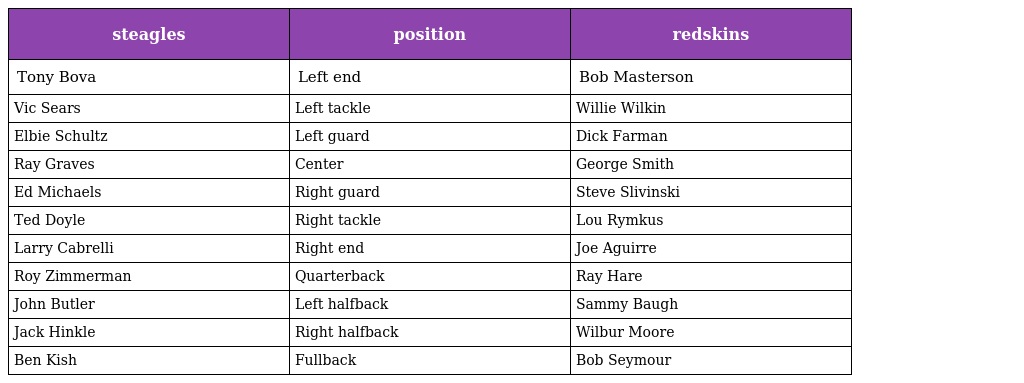
| steagles | position | redskins |
 | --- | --- | --- |
 | Tony Bova | Left end | Bob Masterson |
 | Vic Sears | Left tackle | Willie Wilkin |
 | Elbie Schultz | Left guard | Dick Farman |
 | Ray Graves | Center | George Smith |
 | Ed Michaels | Right guard | Steve Slivinski |
 | Ted Doyle | Right tackle | Lou Rymkus |
 | Larry Cabrelli | Right end | Joe Aguirre |
 | Roy Zimmerman | Quarterback | Ray Hare |
 | John Butler | Left halfback | Sammy Baugh |
 | Jack Hinkle | Right halfback | Wilbur Moore |
 | Ben Kish | Fullback | Bob Seymour |